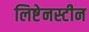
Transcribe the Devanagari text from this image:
लिष्टेनस्टीन